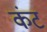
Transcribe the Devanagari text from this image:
कंट